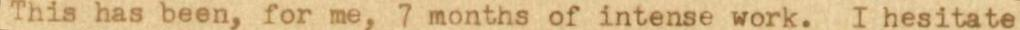
This has been, for me, 7 months of intense work. I hesitate